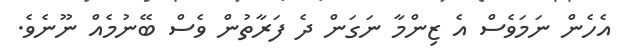
އެހެން ނަމަވެސް އެ ޒިންމާ ނަގަން ދެ ފަރާތުން ވެސް ބޭނުމެއް ނޫނެވެ.